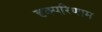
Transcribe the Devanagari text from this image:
दृक्परिणाम